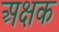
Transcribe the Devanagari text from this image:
अक्षक